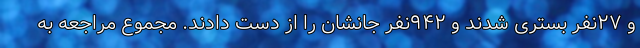
و ۲۷نفر بستری شدند و ۹۴۲نفر جانشان را از دست دادند. مجموع مراجعه به